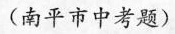
(南平市中考题)